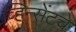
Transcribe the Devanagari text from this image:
व्हिन्सेंटचे